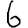
Digit: 6